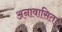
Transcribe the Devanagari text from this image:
अनावासित